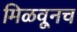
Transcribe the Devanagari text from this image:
मिळवूनच